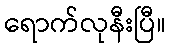
ရောက်လုနီးပြီ။